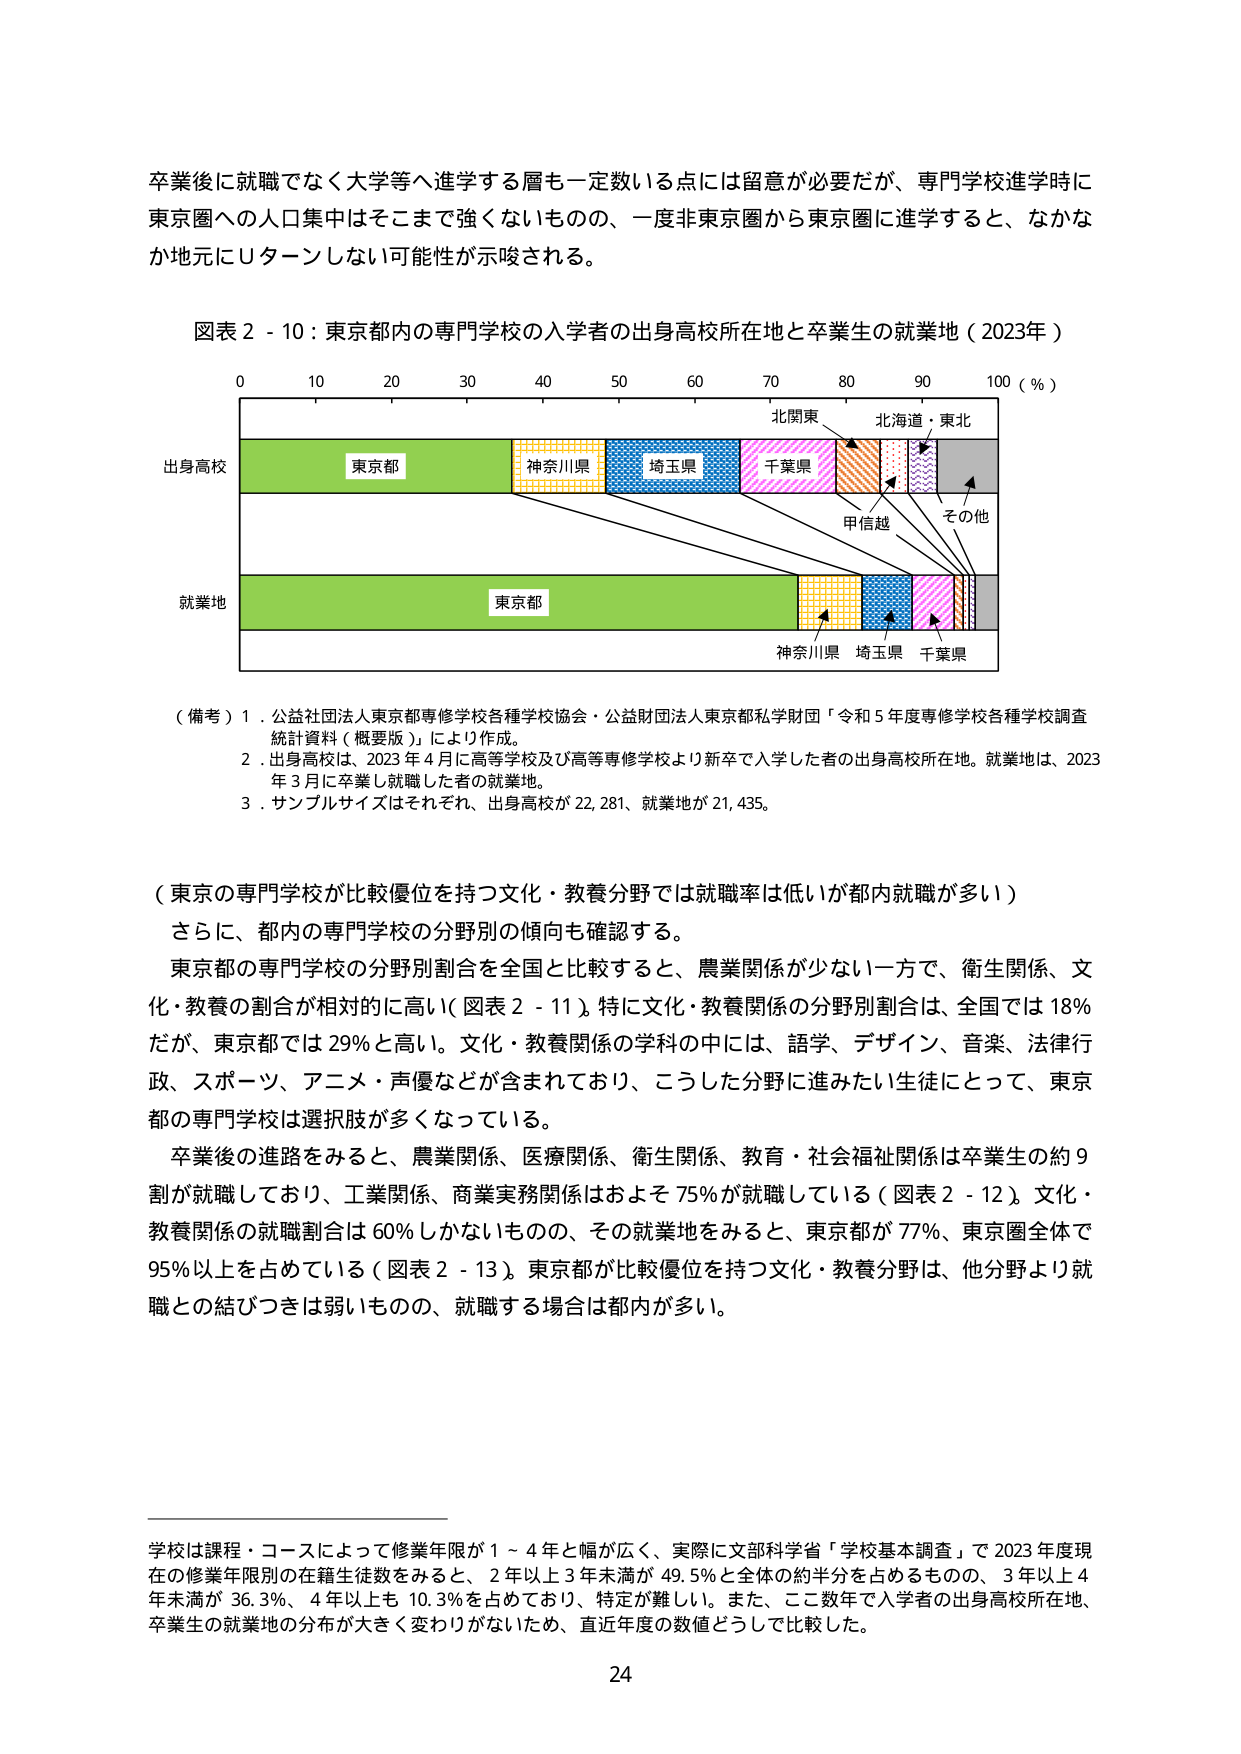
卒業後に就職でなく大学等へ進学する層も一定数いる点には留意が必要だが、専門学校進学時に東京圏への人口集中はそこまで強くないものの、一度非東京圏から東京圏に進学すると、なかなか地元にUターンしない可能性が示唆される。

図表２－１０：東京都内の専門学校の入学者の出身高校所在地と卒業生の就業地（2023年）

0 10 20 30 40 50 60 70 80 90 100（％）

出身高校
東京都
神奈川県
埼玉県
千葉県
北関東
北海道・東北
甲信越
その他

就業地
東京都
神奈川県
埼玉県
千葉県

（備考）１．公益社団法人東京都専修学校各種学校協会・公益財団法人東京都私学財団「令和５年度専修学校各種学校調査統計資料（概要版）」により作成。
２．出身高校は、2023年４月に高等学校及び高等専修学校より新卒で入学した者の出身高校所在地。就業地は、2023年３月に卒業し就職した者の就業地。
３．サンプルサイズはそれぞれ、出身高校が22,281、就業地が21,435。

（東京の専門学校が比較優位を持つ文化・教養分野では就職率は低いが都内就職が多い）
さらに、都内の専門学校の分野別の傾向も確認する。
東京都の専門学校の分野別割合を全国と比較すると、農業関係が少ない一方で、衛生関係、文化・教養の割合が相対的に高い（図表２－１１）。特に文化・教養関係の分野別割合は、全国では18％だが、東京都では29％と高い。文化・教養関係の学科の中には、語学、デザイン、音楽、法律行政、スポーツ、アニメ・声優などが含まれており、こうした分野に進みたい生徒にとって、東京都の専門学校は選択肢が多くなっている。
卒業後の進路をみると、農業関係、医療関係、衛生関係、教育・社会福祉関係は卒業生の約９割が就職しており、工業関係、商業実務関係はおよそ75％が就職している（図表２－１２）。文化・教養関係の就職割合は60％しかないものの、その就業地をみると、東京都が77％、東京圏全体で95％以上を占めている（図表２－１３）。東京都が比較優位を持つ文化・教養分野は、他分野より就職との結びつきは弱いものの、就職する場合は都内が多い。

学校は課程・コースによって修業年限が１～４年と幅が広く、実際に文部科学省「学校基本調査」で2023年度現在の修業年限別の在籍生徒数をみると、２年以上３年未満が49.5％と全体の約半分を占めるものの、３年以上４年未満が36.3％、４年以上も10.3％を占めており、特定が難しい。また、ここ数年で入学者の出身高校所在地、卒業生の就業地の分布が大きく変わりがないため、直近年度の数値どうして比較した。

24